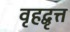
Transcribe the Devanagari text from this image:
वृहद्वृत्त